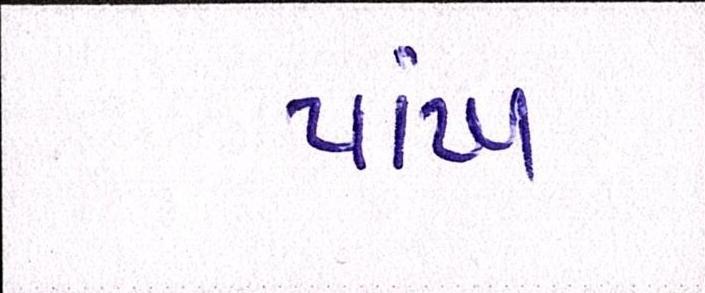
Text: પાંખ